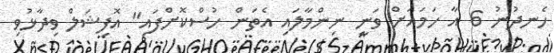
ހެނދުނު 6 އާ ހަމައަށް ވަނީ ނިންމާލައި އެތަން ހުސްކޮށްފައި" އޮފިޝަލް ވިދާޅުވި